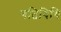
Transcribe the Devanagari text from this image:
गतिविधि